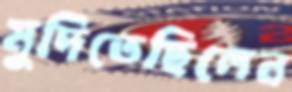
মুদিতেছিলেন